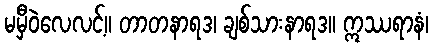
မမှီဝဲလေလင့်။ တာတနာရဒ၊ ချစ်သားနာရဒ။ ဣဿရာနံ၊